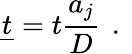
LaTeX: \underline{{t}}=t\frac{a_{j}}{D}\, \mathrm{~.~}